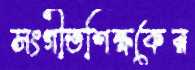
সংগীতশিক্ষকের